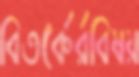
বিতর্কের্রবিষয়